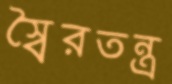
স্বৈরতন্ত্র